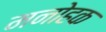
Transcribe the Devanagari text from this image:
मनोहक